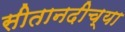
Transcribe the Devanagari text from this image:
सीतानदीच्या